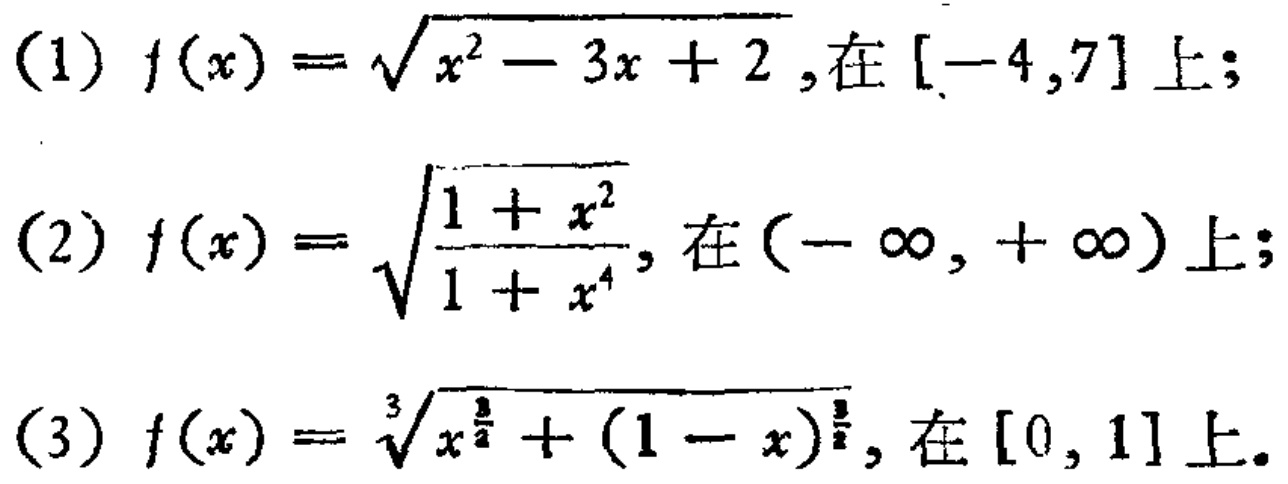
(1) \(f(x)=\sqrt{x^{2}-3x + 2}\),在\([-4,7]\)上;
(2) \(f(x)=\sqrt{\frac{1 + x^{2}}{1 + x^{4}}}\),在\((-\infty,+\infty)\)上;
(3) \(f(x)=\sqrt[3]{x^{\frac{3}{2}}+(1 - x)^{\frac{3}{2}}}\),在\([0,1]\)上.